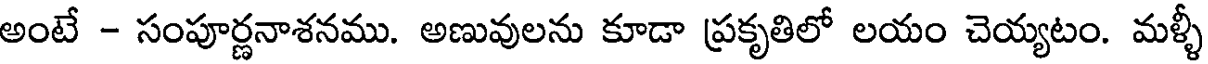
అంటే - సంపూర్ణనాశనము. అణువులను కూడా ప్రకృతిలో లయం చెయ్యటం. మళ్ళీ